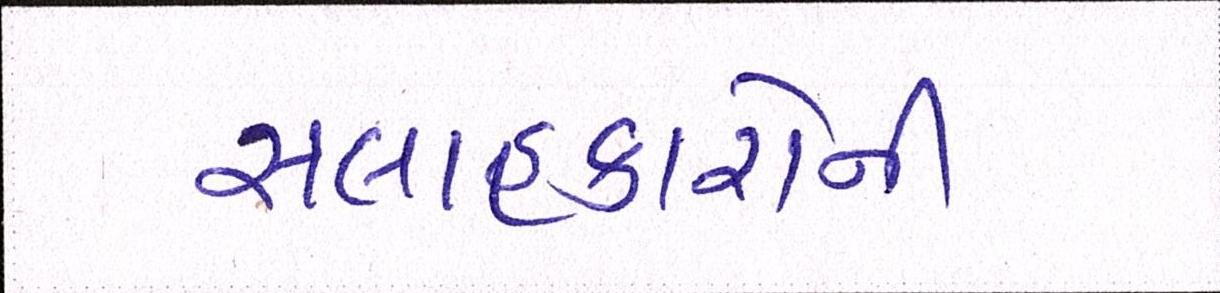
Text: સલાહકારોની